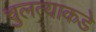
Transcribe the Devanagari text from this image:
चुलत्याकडे